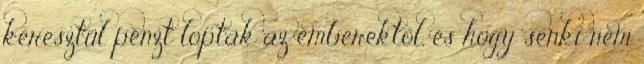
keresztül pénzt loptak az emberektől, és hogy senki nem